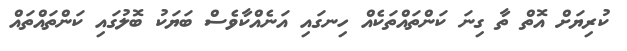
ކުރިޔަށް އޮތް ތާ ގިނަ ކަންތައްތަކެއް ހިނގައި އަނެއްކާވެސް ބަޔަކު ބޮލުގައި ކަންތައްތައް